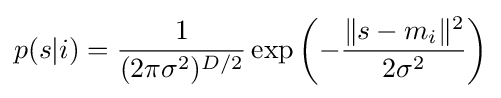
p(s|i)={\frac {1}{(2\pi \sigma ^{2})^{D/2}}}\exp {\left(-{\frac {\lVert s-m_{i}\rVert ^{2}}{2\sigma ^{2}}}\right)}